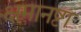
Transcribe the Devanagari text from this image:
क्षमानष्टा